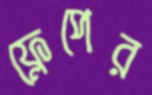
ফ্লেপের